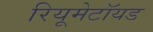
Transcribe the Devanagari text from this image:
रियूमेटॉयड